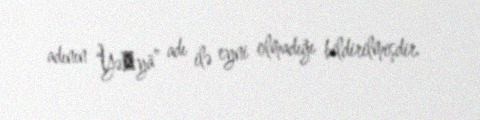
adının “Yəḥyā” adı ilə eyni olmadığı bildirilmişdir.